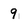
Character: 9